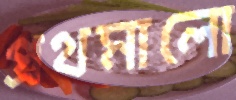
প্রথমালো